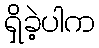
ရှိခဲ့ပါက